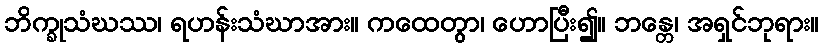
ဘိက္ခုသံဃဿ၊ ရဟန်းသံဃာအား။ ကထေတွာ၊ ဟောပြီး၍။ ဘန္တေ၊ အရှင်ဘုရား။